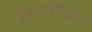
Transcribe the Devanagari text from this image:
बृहदाफ्रिकी